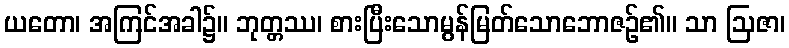
ယတော၊ အကြင်အခါ၌။ ဘုတ္တဿ၊ စားပြီးသောမွန်မြတ်သောဘောဇဉ်၏။ သာ ဩဇာ၊